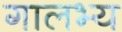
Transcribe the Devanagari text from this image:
गालभ्य